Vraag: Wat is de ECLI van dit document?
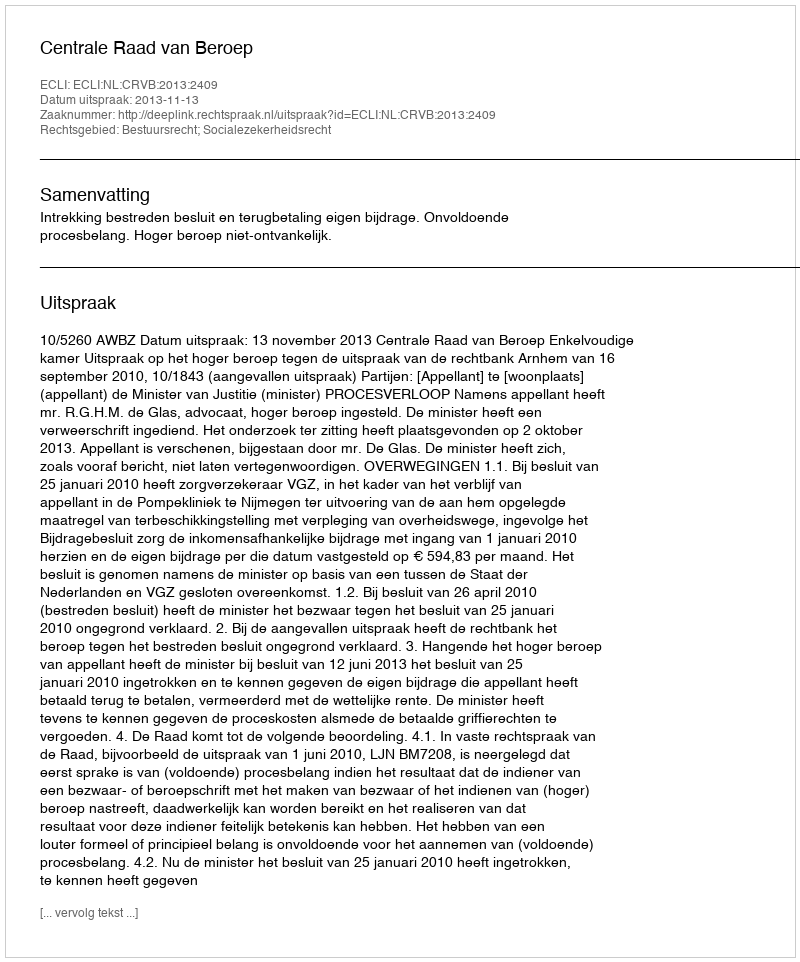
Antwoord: ECLI:NL:CRVB:2013:2409